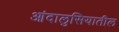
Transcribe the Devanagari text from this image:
आंदालुसियातील